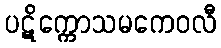
ပဋိက္ကောသမကေဝလီ